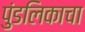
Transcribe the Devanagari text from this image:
पुंडलिकाचा